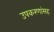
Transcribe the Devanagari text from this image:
उपकरणांसह